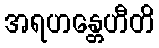
အရဟန္တေဟီတိ